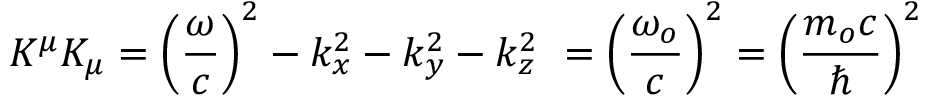
K ^ { \mu } K _ { \mu } = \left( { \frac { \omega } { c } } \right) ^ { 2 } - k _ { x } ^ { 2 } - k _ { y } ^ { 2 } - k _ { z } ^ { 2 } \ = \left( { \frac { \omega _ { o } } { c } } \right) ^ { 2 } = \left( { \frac { m _ { o } c } { \hbar } } \right) ^ { 2 }